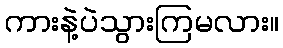
ကားနဲ့ပဲသွားကြမလား။